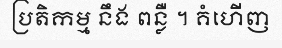
ប្រតិកម្ម នឹង ពន្លឺ ។ គំហើញ